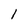
Character: 1